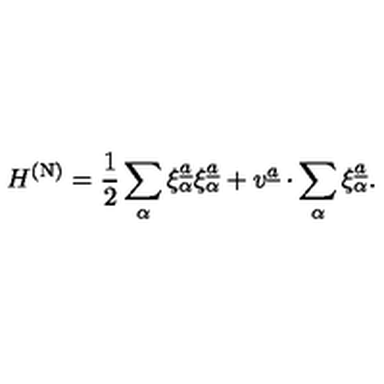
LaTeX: H ^ { \mathrm { ( N ) } } = { \frac { 1 } { 2 } } \sum _ { \alpha } \xi _ { \alpha } ^ { \underline { { a } } } \xi _ { \alpha } ^ { \underline { { a } } } + v ^ { \underline { { a } } } \cdot \sum _ { \alpha } \xi _ { \alpha } ^ { \underline { { a } } } .